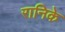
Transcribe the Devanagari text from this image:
रानिके